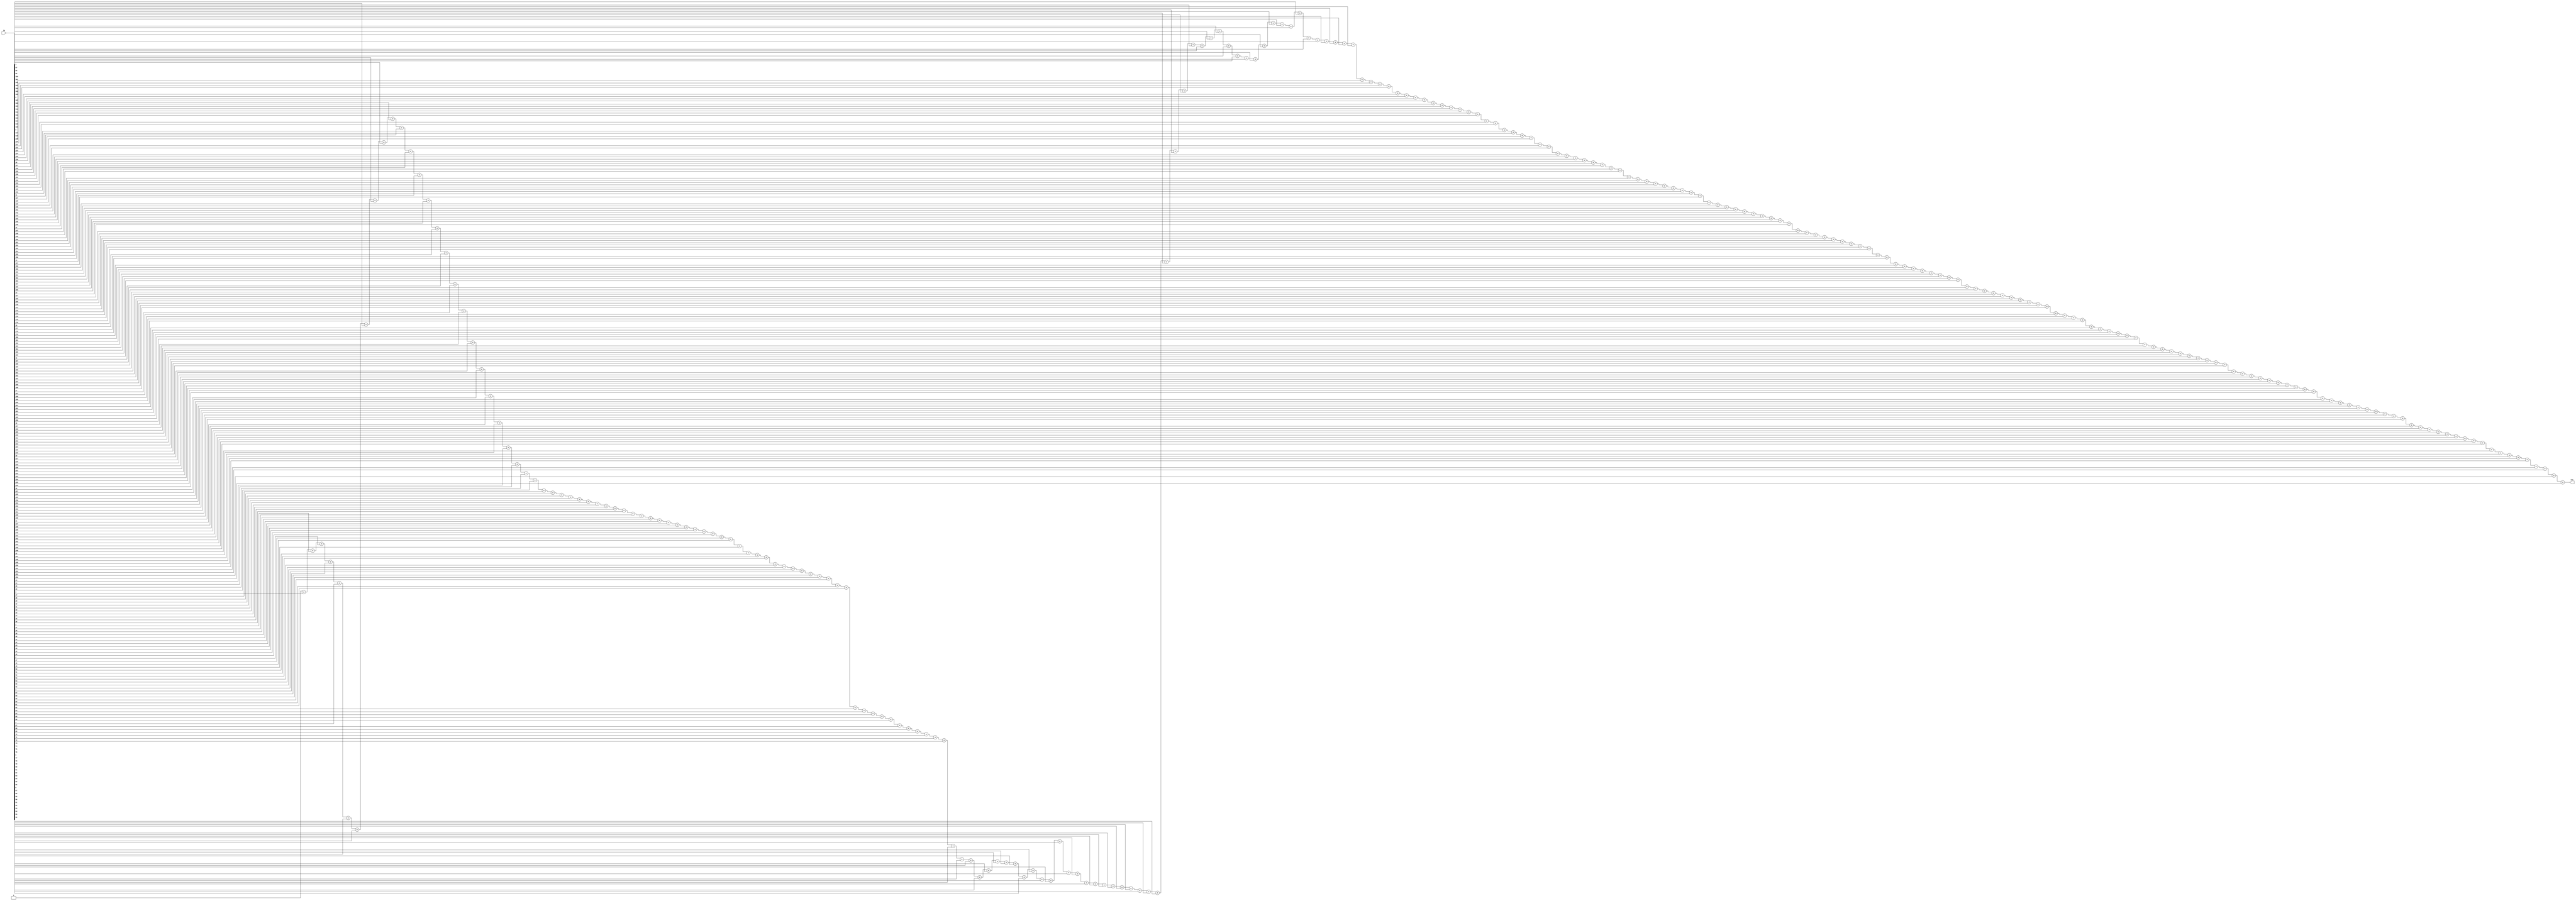
module top_module(
    input [254:0] in,
    output reg [7:0] out
);

integer i;
always @(*) begin
    out = 0;
    for (i = 0; i < 255; i = i + 1)
        out = out + in[i];
end

endmodule